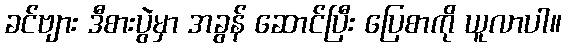
ခင်ဗျား ဒီစားပွဲမှာ အခွန် ဆောင်ပြီး ပြေစာကို ယူလာပါ။